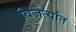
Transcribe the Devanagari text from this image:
विजेत्यांत